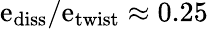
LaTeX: \mathrm{e}_{\mathrm{{diss}}}/\mathrm{e}_{\mathrm{{twist}}}\approx0.25